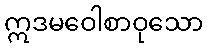
ဣဒမဝေါစာဝုသော